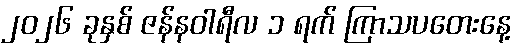
၂၀၂၆ ခုနှစ် ဇန်နဝါရီလ ၁ ရက် ကြာသပတေးနေ့